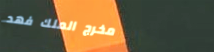
مخرج الملك فهد